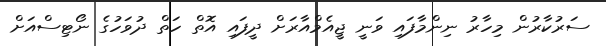
ސަރުކާރުން މިހާރު ނިންމާފައި ވަނީ ޖީއެމްއާރަށް ދީފައި އޮތް ހަތް ދުވަހުގެ ނޯޓިސްއަށް